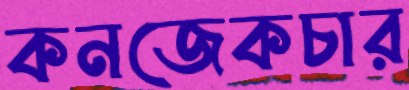
কনজেকচার